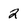
Character: 2